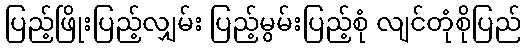
ပြည့်ဖြိုးပြည့်လျှမ်း ပြည့်မွမ်းပြည့်စုံ လျင်တုံစိုပြည်